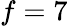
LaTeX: f=7